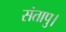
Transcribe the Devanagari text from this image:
संतापु।